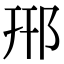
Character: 郉